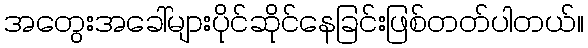
အတွေးအခေါ်များပိုင်ဆိုင်နေခြင်းဖြစ်တတ်ပါတယ်။